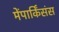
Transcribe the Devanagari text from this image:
मेंपार्किंसंस